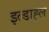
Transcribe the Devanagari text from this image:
इल्डाह्ल